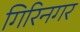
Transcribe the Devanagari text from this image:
गिरिनगर